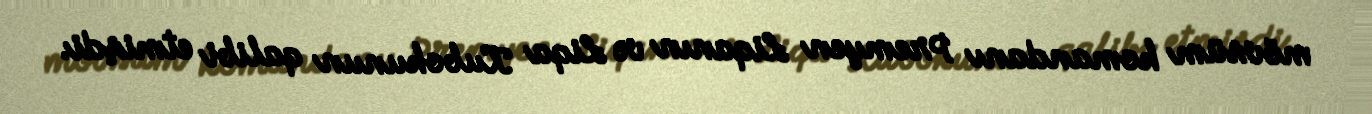
mövsüm komandanı Premyen Liqanın və Liqa Kubokunun qalibi etmişdi.